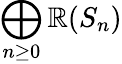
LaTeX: \bigoplus_{n\geq0}\mathbb{R}(S_{n})